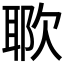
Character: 𱤷